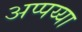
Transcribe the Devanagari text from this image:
अप्पय्या